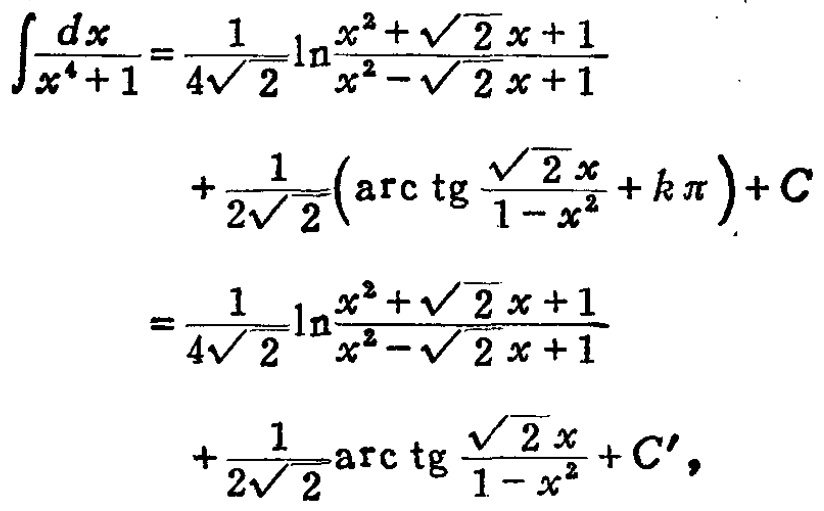
\[
\begin{align*}
\int\frac{dx}{x^{4}+1}&=\frac{1}{4\sqrt{2}}\ln\frac{x^{2}+\sqrt{2}x + 1}{x^{2}-\sqrt{2}x + 1}\\
&+\frac{1}{2\sqrt{2}}\left(\arctan\frac{\sqrt{2}x}{1 - x^{2}}+k\pi\right)+C\\
&=\frac{1}{4\sqrt{2}}\ln\frac{x^{2}+\sqrt{2}x + 1}{x^{2}-\sqrt{2}x + 1}\\
&+\frac{1}{2\sqrt{2}}\arctan\frac{\sqrt{2}x}{1 - x^{2}}+C',
\end{align*}
\]